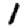
Digit: 1